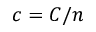
c = C / n